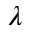
\lambda